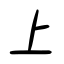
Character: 上